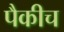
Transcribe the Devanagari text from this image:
पैकीच